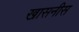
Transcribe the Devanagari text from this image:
खासनीस